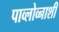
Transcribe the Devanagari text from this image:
पाव्लोव्नाशी